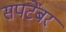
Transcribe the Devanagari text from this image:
सपटेंबर